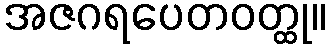
အဇဂရပေတဝတ္ထု။